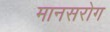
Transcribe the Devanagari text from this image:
मानसरोग